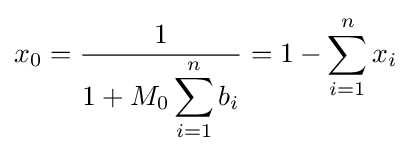
x_{0}={\frac {1}{1+M_{0}\displaystyle \sum _{i=1}^{n}{b_{i}}}}=1-\sum _{i=1}^{n}{x_{i}}